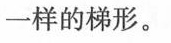
一样的梯形。